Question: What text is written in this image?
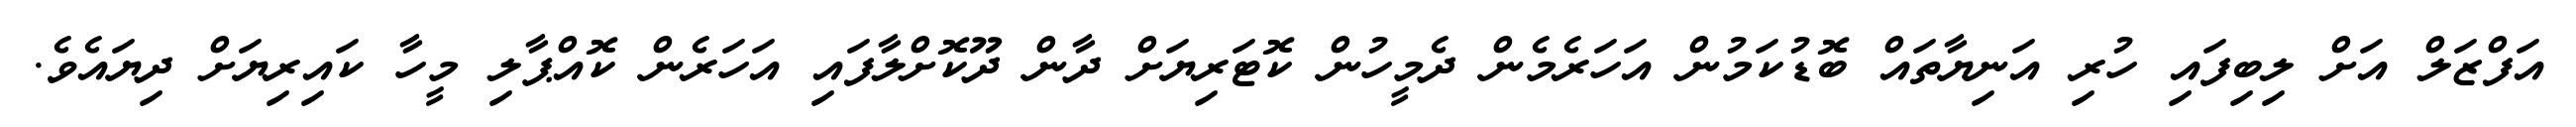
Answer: އަފްޒަލް އަށް ލިބިފައި ހުރި އަނިޔާތައް ބޮޑުކަމުން އަހަރެމެން ދެމީހުން ކޮޓަރިޔަށް ދާން ދޫކޮށްލާފައި އަހަރެން ކޮއްޕާލި މީހާ ކައިރިޔަށް ދިޔައެވެ.